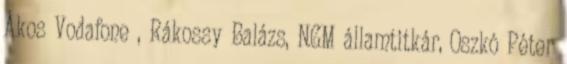
Ákos Vodafone , Rákossy Balázs, NGM államtitkár, Oszkó Péter